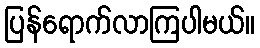
ပြန်ရောက်လာကြပါမယ်။